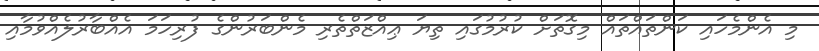
މި އެންމެހައި ކަންތައްތައް މިގޮތަށް ކުރުމުގައި ތިޔަ ޢިއްޒަތްތެރި މެންބަރުންގެ ފުރިހަމަ އެއްބާރުލެއްވުމާއި